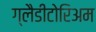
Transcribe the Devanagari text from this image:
ग्लैडीटोरिअम